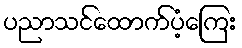
ပညာသင်ထောက်ပံ့ကြေး